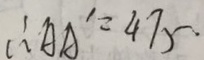
\therefore A A ^ { \prime } = 4 7 5